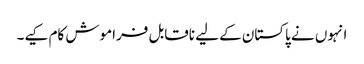
انہوں نے پاکستان کے لیے ناقابل فراموش کام کیے۔